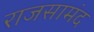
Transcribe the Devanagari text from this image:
राजसामंद